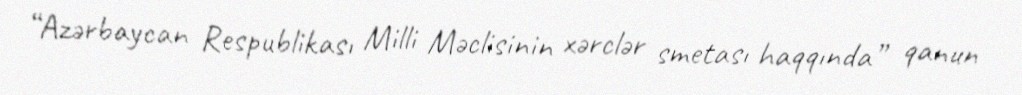
“Azərbaycan Respublikası Milli Məclisinin xərclər smetası haqqında” qanun